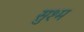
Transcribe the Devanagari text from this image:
सुश्म